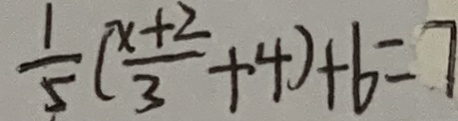
\frac { 1 } { 5 } ( \frac { x + 2 } { 3 } + 4 ) + 6 = 7